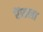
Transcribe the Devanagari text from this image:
रेंसला